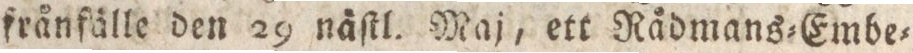
frånfälle den 29 näſtl. Maj, ett Rådmans=Embe=